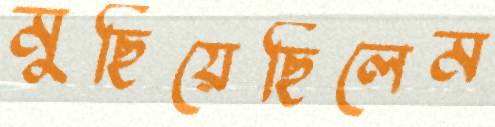
মুছিয়েছিলেম